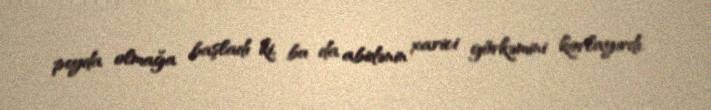
peyda olmağa başladı ki, bu da abidənin xarici görkəmini korlayırdı.